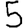
Digit: 5